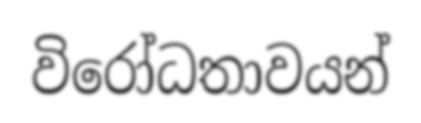
විරෝධතාවයන්